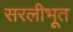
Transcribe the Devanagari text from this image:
सरलीभूत